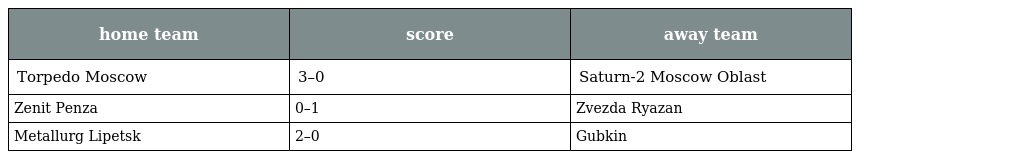
| home team | score | away team |
 | --- | --- | --- |
 | Torpedo Moscow | 3–0 | Saturn-2 Moscow Oblast |
 | Zenit Penza | 0–1 | Zvezda Ryazan |
 | Metallurg Lipetsk | 2–0 | Gubkin |